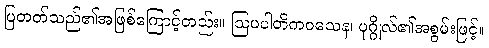
ပြတတ်သည်၏အဖြစ်ကြောင့်တည်း။ ဩပပါတိကဝသေန၊ ပုဂ္ဂိုလ်၏အစွမ်းဖြင့်။